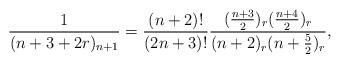
LaTeX: \begin{align*}\frac{1}{(n+3+2r)_{n+1}}=\frac{(n+2)!}{(2n+3)!}\frac{(\frac{n+3}{2})_r(\frac{n+4}{2})_{r}}{(n+2)_r(n+\frac{5}{2})_r},\end{align*}